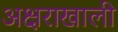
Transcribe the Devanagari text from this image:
अक्षराखाली